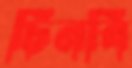
চিনবি